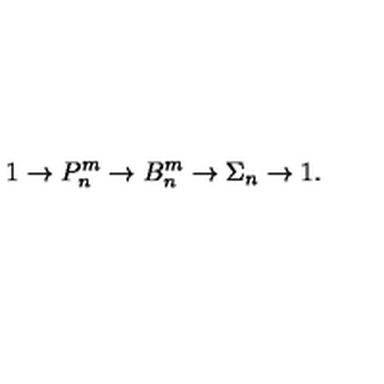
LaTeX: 1 \to P _ { n } ^ { m } \to B _ { n } ^ { m } \to \Sigma _ { n } \to 1 .